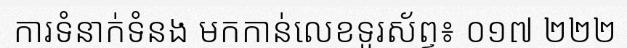
ការទំនាក់ទំនង មកកាន់លេខទូរស័ព្ទ៖ ០១៧ ២២២